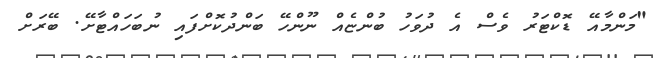
"މަންމާއޭ ޑޮކްޓަރު ވެސް އެ ދުވަހު ބުންޏެއް ނޫންހޭ ބަންދުކޮށްފައި ނުބަހައްޓާށޭ. ބޭރަށް